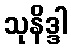
သုနိဒ္ဒါ